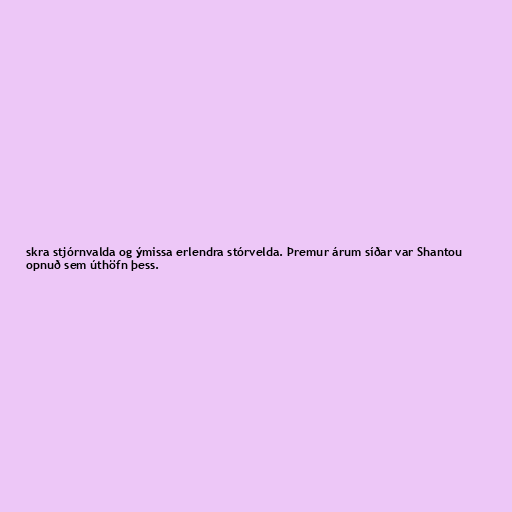
skra stjórnvalda og ýmissa erlendra stórvelda. Þremur árum síðar var Shantou
opnuð sem úthöfn þess.